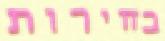
בחירות